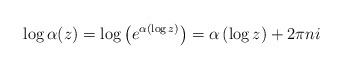
\begin{align*} \log \alpha(z) = \log\left( e^{ \alpha\left( \log z\right) } \right) = \alpha\left( \log z\right) + 2\pi n i\end{align*}